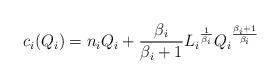
LaTeX: \begin{align*}c_i(Q_i)=n_iQ_i+\frac{\beta_i}{\beta_i+1}{L_i}^{\frac{1}{\beta_i}}{Q_i}^{\frac{\beta_i+1}{\beta_i}}\end{align*}